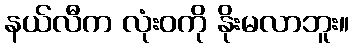
နယ်လီက လုံးဝကို နိုးမလာဘူး။